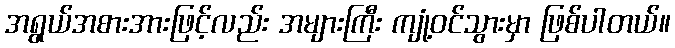
အရွယ်အစားအားဖြင့်လည်း အများကြီး ကျုံ့ဝင်သွားမှာ ဖြစ်ပါတယ်။